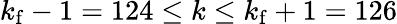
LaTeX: k_{\mathrm{f}}-1=124\le k\le k_{\mathrm{f}}+1=126